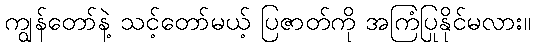
ကျွန်တော်နဲ့ သင့်တော်မယ့် ပြဇာတ်ကို အကြံပြုနိုင်မလား။